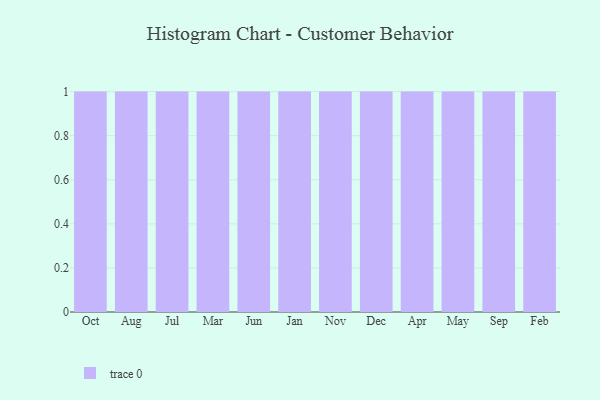
{"axis": {"x": "Month", "y": "Production Output"}, "legend": [""], "data": [{"x": "Oct", "y": 97, "type": ""}, {"x": "Aug", "y": 56, "type": ""}, {"x": "Jul", "y": 70, "type": ""}, {"x": "Mar", "y": 92, "type": ""}, {"x": "Jun", "y": 89, "type": ""}, {"x": "Jan", "y": 78, "type": ""}, {"x": "Nov", "y": 95, "type": ""}, {"x": "Dec", "y": 45, "type": ""}, {"x": "Apr", "y": 3, "type": ""}, {"x": "May", "y": 93, "type": ""}, {"x": "Sep", "y": 15, "type": ""}, {"x": "Feb", "y": 84, "type": ""}]}